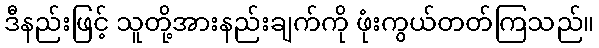
ဒီနည်းဖြင့် သူတို့အားနည်းချက်ကို ဖုံးကွယ်တတ်ကြသည်။